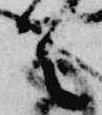
首